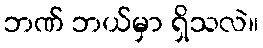
ဘဏ် ဘယ်မှာ ရှိသလဲ။